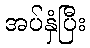
အပ်နှံပြီး